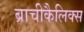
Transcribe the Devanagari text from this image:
ब्राचीकैलिक्स